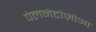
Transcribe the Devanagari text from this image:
पेलमेटोज़ोआ